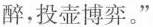
醉，投壶博弈。”